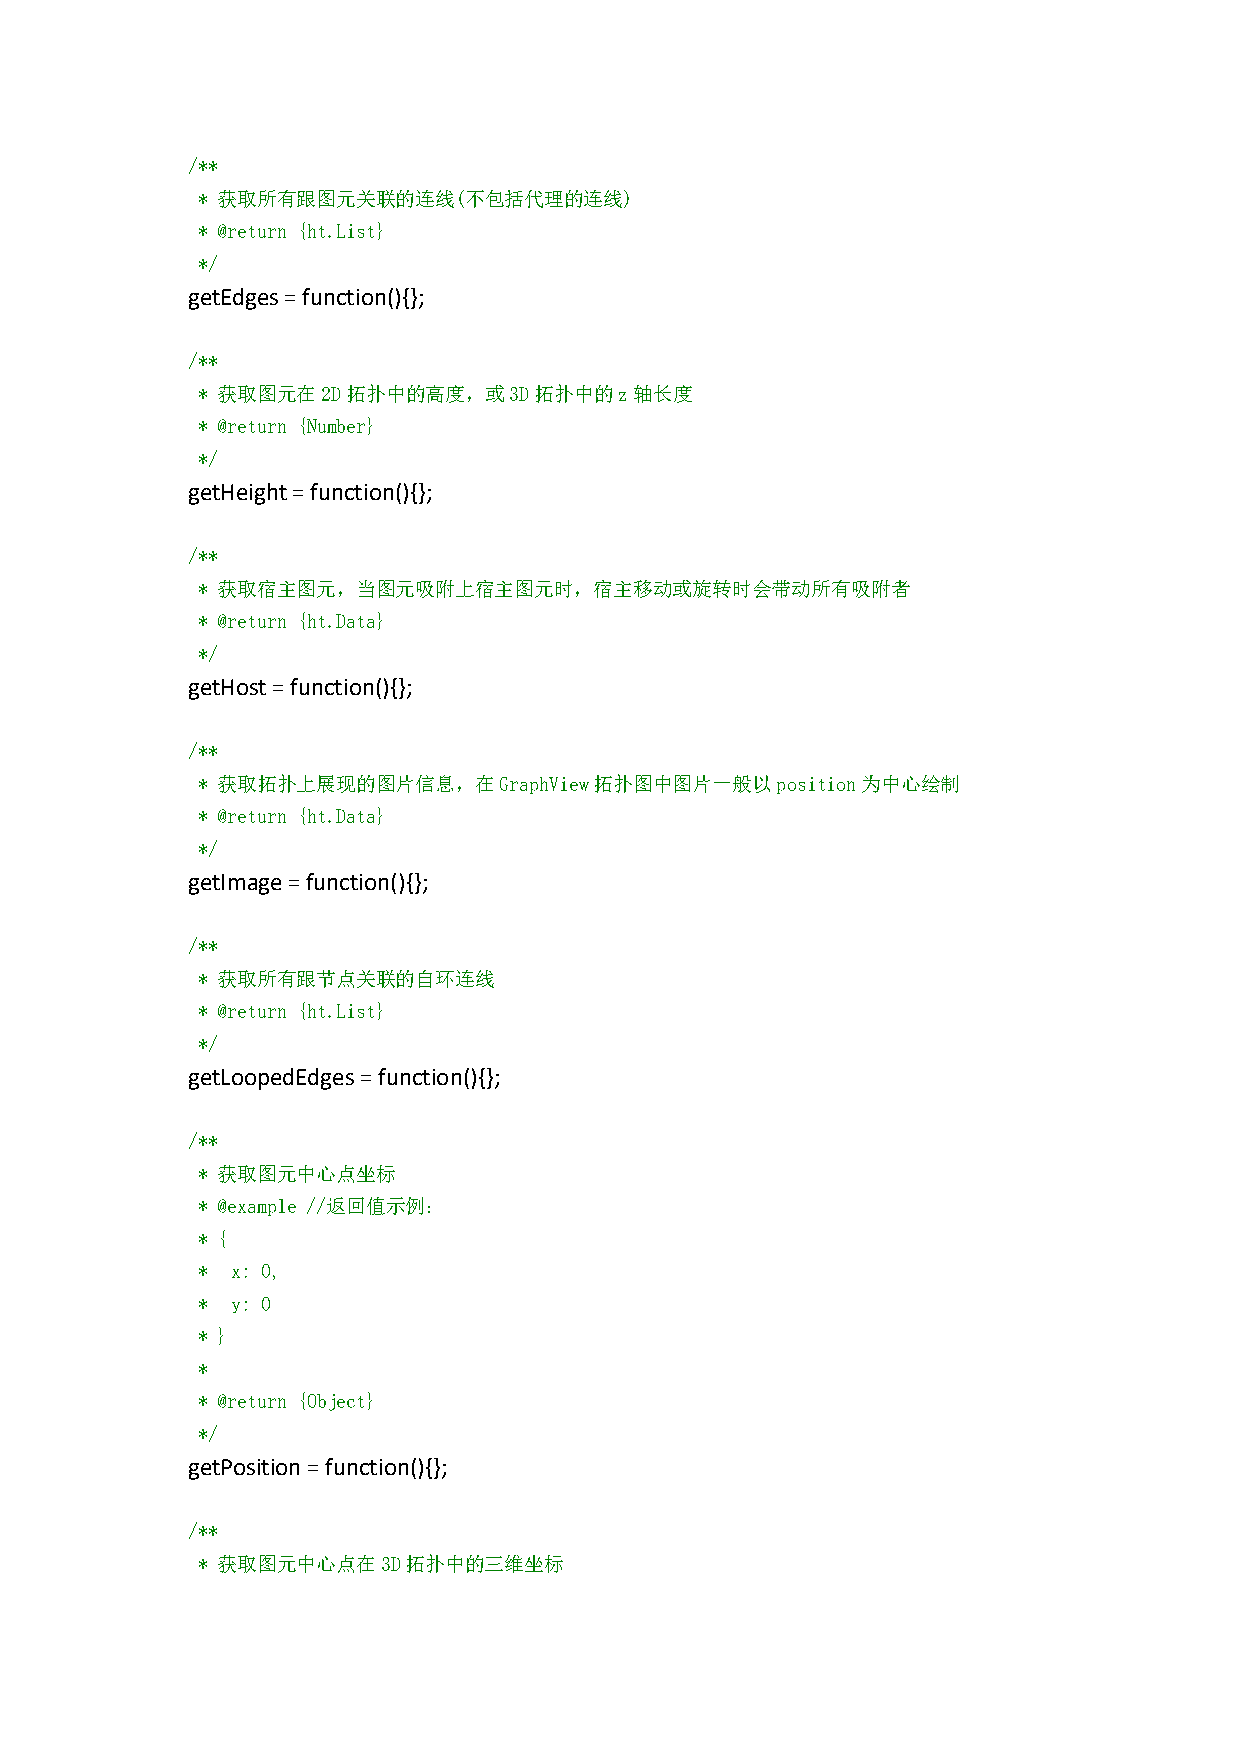
/**
 * 获取所有跟图元关联的连线(不包括代理的连线)
 * @return {ht.List}
 */
 getEdges=function(){};
 /**
 * 获取图元在2D拓扑中的高度，或3D拓扑中的z轴长度
 * @return {Number}
 */
 getHeight=function(){};
 /**
 * 获取宿主图元，当图元吸附上宿主图元时，宿主移动或旋转时会带动所有吸附者
 * @return {ht.Data}
 */
 getHost=function(){};
 /**
 * 获取拓扑上展现的图片信息，在GraphView拓扑图中图片一般以position为中心绘制
 * @return {ht.Data}
 */
 getImage=function(){};
 /**
 * 获取所有跟节点关联的自环连线
 * @return {ht.List}
 */
 getLoopedEdges=function(){};
 /**
 * 获取图元中心点坐标
 * @example //返回值示例：
 * {
 * x: 0,
 * y: 0
 * }
 *
 * @return {Object}
 */
 getPosition=function(){};
 /**
 * 获取图元中心点在3D拓扑中的三维坐标